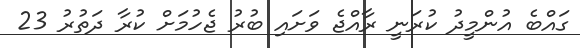
ގައްބެ އުންމީދު ކުރަނީ ރާއްޖެ ވަށައި ބުރު ޖެހުމަށް ކުރާ ދަތުރު 23